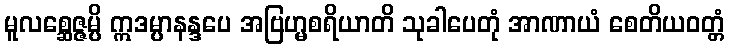
မူလစ္ဆေဇ္ဇမ္ပိ ဣဒမ္ပာနန္ဒပေ အဗြဟ္မစရိယာတိ သုခါပေတုံ အာဏာယံ စေတိယဝတ္တံ